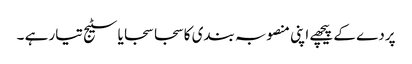
پردے کے پیچھے اپنی منصوبہ بندی کا سجا سجایا سٹیج تیار ہے ۔